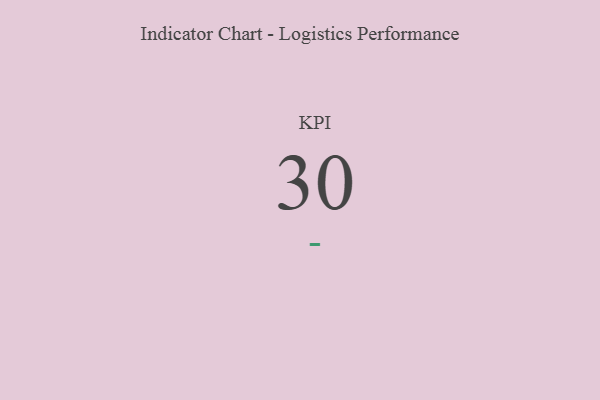
{"axis": {"x": "KPI", "y": "Value"}, "legend": [""], "data": [{"x": "KPI", "y": 30, "type": ""}]}